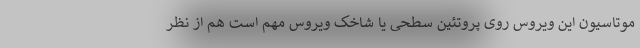
موتاسیون این ویروس روی پروتئین سطحی یا شاخک ویروس مهم است هم از نظر